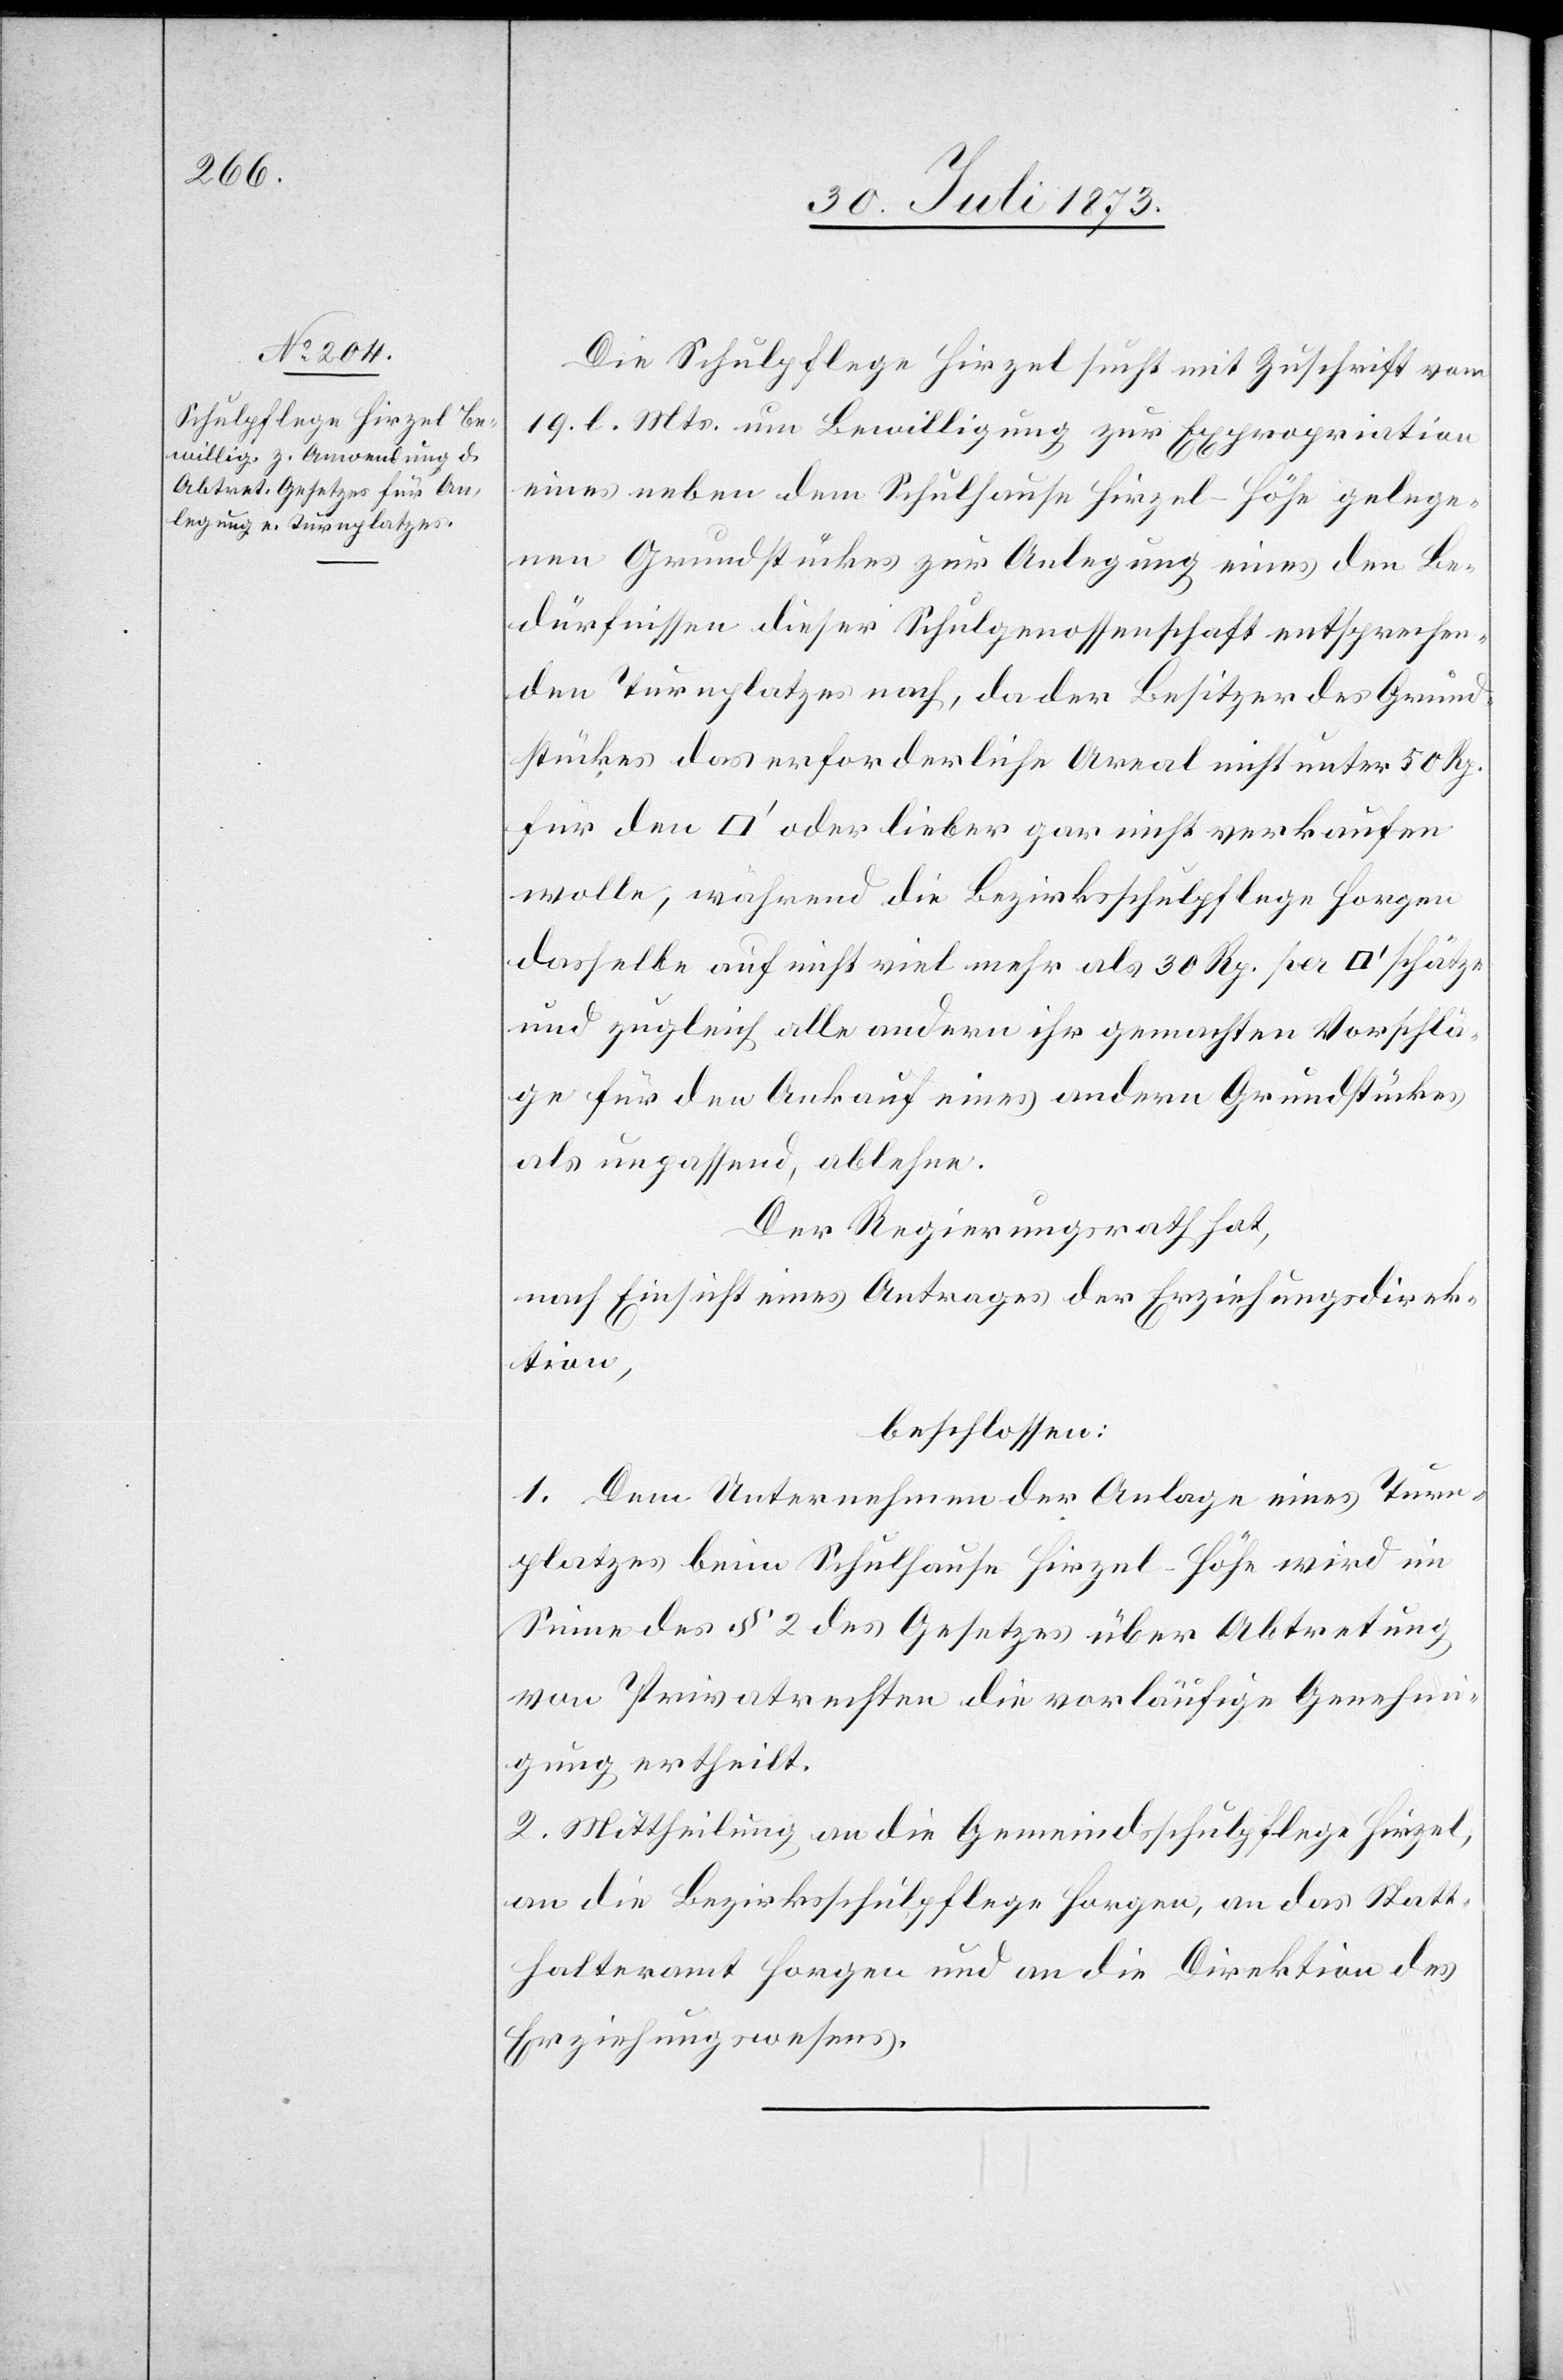
Die Schulpflege Hirzel sucht mit Zuschrift vom
19. l. Mts. um Bewilligung zur Expropriation
eines neben dem Schulhause Hirzel-Höhe gelege¬
nen Grundstückes zur Anlegung eines den Be¬
dürfnissen dieser Schulgenossenschaft entsprechen¬
den Turnplatzes nach, da der Besitzer des Grund¬
stückes das erforderliche Areal nicht unter 50 Rp.
wolle, während die Bezirksschulpflege Horgen
dasselbe auf nicht viel mehr als 30 Rp. per [Quadratfuss]
und zugleich alle andern ihr gemachten Vorschlä¬
ge für den Ankauf eines andern Grundstückes
als unpassend, ablehne.
Der Regierungsrath hat,
nach Einsicht eines Antrages der Erziehungsdirek¬
tion,
beschlossen:
1. Dem Unternehmen der Anlage eines Turn¬
platzes beim Schulhause Hirzel-Höhe wird im
Sinne des § 2 des Gesetzes über Abtretung
von Privatrechten die vorläufige Genehm¬
igung ertheilt.
2. Mittheilung an die Gemeindsschulpflege Hirzel,
an die Bezirksschulpflege Horgen, an das Statt¬
halteramt Horgen und an die Direktion des
Erziehungswesens.